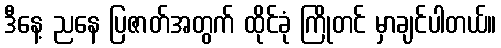
ဒီနေ့ ညနေ ပြဇာတ်အတွက် ထိုင်ခုံ ကြိုတင် မှာချင်ပါတယ်။